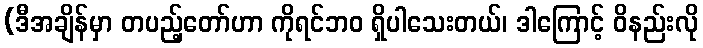
(ဒီအချိန်မှာ တပည့်တော်ဟာ ကိုရင်ဘဝ ရှိပါသေးတယ်၊ ဒါကြောင့် ဝိနည်းလို